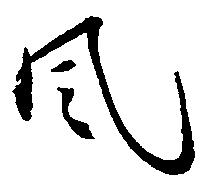
風